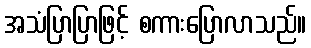
အသံပြာပြာဖြင့် စကားပြောလာသည်။